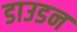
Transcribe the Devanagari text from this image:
डाउडन